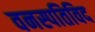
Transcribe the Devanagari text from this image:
वनस्पतिविद